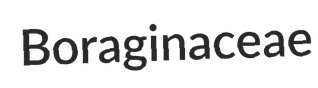
Boraginaceae